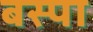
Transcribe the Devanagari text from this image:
बस्‍पा